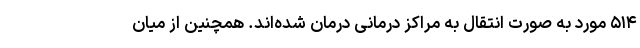
۵۱۴ مورد به صورت انتقال به مراکز درمانی درمان شده‌اند. همچنین از میان